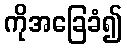
ကိုအခြေခံ၍